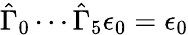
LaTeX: \hat{\Gamma}_{0}\cdots\hat{\Gamma}_{5}\epsilon_{0}=\epsilon_{0}